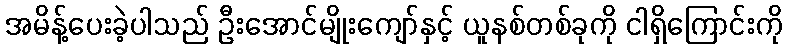
အမိန့်ပေးခဲ့ပါသည် ဦးအောင်မျိုးကျော်နှင့် ယူနစ်တစ်ခုကို ငါရှိကြောင်းကို